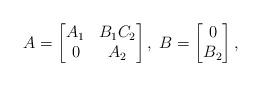
LaTeX: \begin{align*} A=\begin{bmatrix} A_1&B_1C_2\\0&A_2 \end{bmatrix},\;B=\begin{bmatrix} 0\\B_2 \end{bmatrix}, \end{align*}